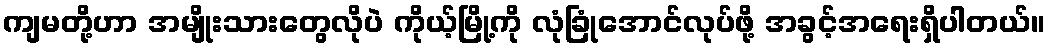
ကျမတို့ဟာ အမျိုးသားတွေလိုပဲ ကိုယ့်မြို့ကို လုံခြုံအောင်လုပ်ဖို့ အခွင့်အရေးရှိပါတယ်။